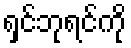
ရှင်ဘုရင်ကို